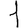
Digit: 1